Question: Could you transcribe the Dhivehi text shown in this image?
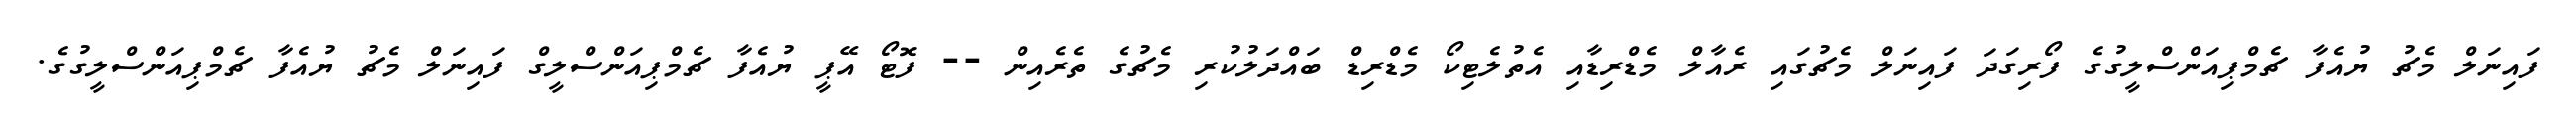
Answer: ފައިނަލް މެޗު ޔުއެފާ ޗެމްޕިއަންސްލީގުގެ ފޯރިގަދަ ފައިނަލް މެޗުގައި ރެއާލް މެޑްރިޑާއި އެތުލެޓިކޯ މެޑްރިޑް ބައްދަލުކުރި މެޗުގެ ތެރެއިން -- ފޮޓޯ އޭޕީ ޔުއެފާ ޗެމްޕިއަންސްލީގް ފައިނަލް މެޗު ޔުއެފާ ޗެމްޕިއަންސްލީގުގެ.